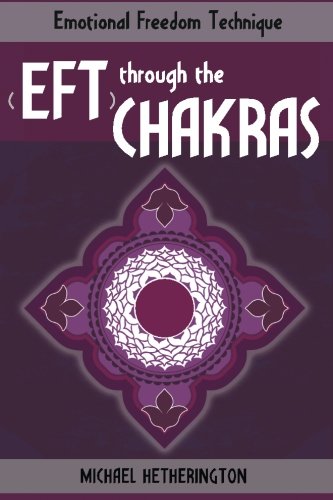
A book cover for Emotional Freedom Technique (EFT) Through The Chakras; Michael Hetherington; Health, Fitness & Dieting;